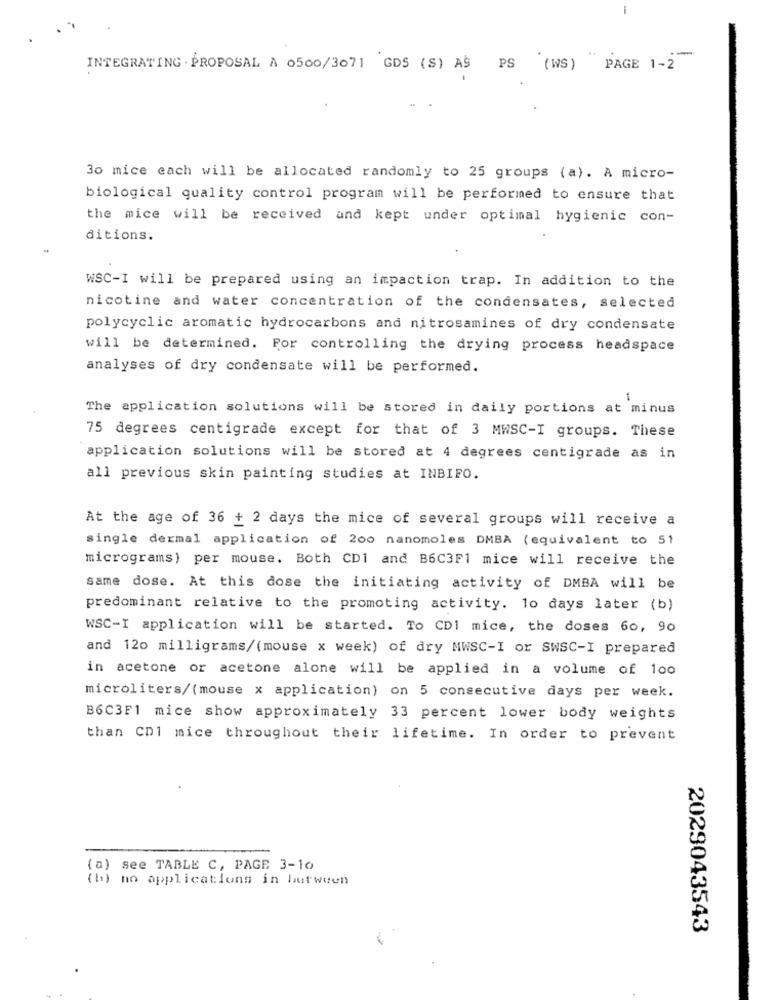
--
INTEGRATING PROPOSAL À 0500/3071 GDS (S) AS PS (WS) PAGE 1-2
30 mice each will be allocated randomly to 25 groups (a). A micro-
biological quality control program will be performed to ensure that
the mice will be received and kept under optimal hygienic con-
ditions.
WSC-I will be prepared using an impaction trap. In addition to the
nicotine and water concentration of the condensates, selected
polycyclic aromatic hydrocarbons and nitrosamines of dry condensate
will be determined. For controlling the drying process headspace
analyses of dry condensate will be performed.
1
The application solutions will be stored in daily portions at minus
75 degrees centigrade except for that of 3 MWSC-I groups. These
application solutions will be stored at 4 degrees centigrade as in
all previous skin painting studies at INBIFO.
At the age of 36 + 2 days the mice of several groups will receive a
single dermal application of 200 nanomoles DMBA (equivalent to 51
micrograms) per mouse. Both CD1 and B6C3F1 mice will receive the
same dose. At this dose the initiating activity of DMBA will be
predominant relative to the promoting activity. 10 days later (b)
WSC-I application will be started. To CD1 mice, the doses 60, 90
and 120 milligrams/(mouse x week) of dry MWSC-I or SWSC-I prepared
in acetone or acetone alone will be applied in a volume of 100
microliters/(mouse x application) on 5 consecutive days per week.
B6C3F1 mice show approximately 33 percent lower body weights
than CD1 mice throughout their lifetime. In order to prevent
(a) see TABLE C, PAGE 3-10
(b) no applications in between
2029043543